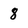
Character: 8